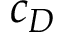
c _ { D }